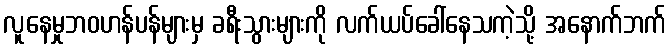
လူနေမှုဘဝဟန်ပန်များမှ ခရီးသွားများကို လက်ယပ်ခေါ်နေသကဲ့သို့ အနောက်ဘက်